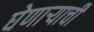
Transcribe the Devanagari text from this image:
घेणाऱ्याची